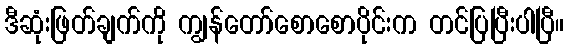
ဒီဆုံးဖြတ်ချက်ကို ကျွန်တော်စောစောပိုင်းက တင်ပြပြီးပါပြီ။